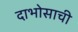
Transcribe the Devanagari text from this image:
दाभोसाची